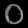
Digit: ၀